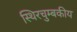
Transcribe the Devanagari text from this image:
स्थिरचुम्बकीय